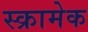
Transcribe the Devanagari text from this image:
स्क्रामेक